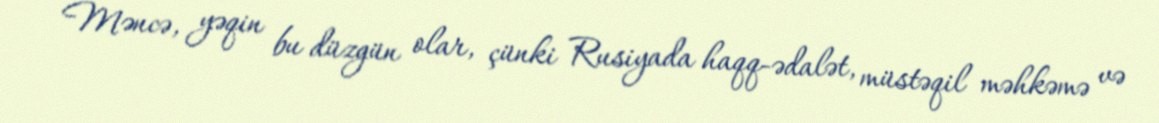
Məncə, yəqin bu düzgün olar, çünki Rusiyada haqq-ədalət, müstəqil məhkəmə və